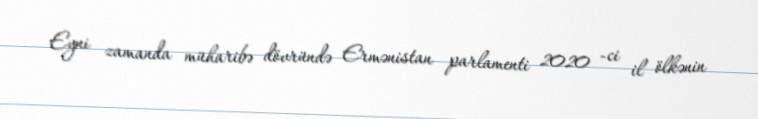
Eyni zamanda müharibə dövründə Ermənistan parlamenti 2020 -ci il ölkənin